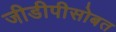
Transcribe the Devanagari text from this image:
जीडीपीसोबत